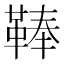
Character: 䩬